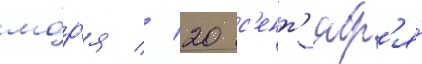
мо́р'я // 20 с'ент'ябр'я́